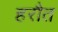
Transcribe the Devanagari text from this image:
हरौत